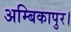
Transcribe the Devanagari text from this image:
अम्बिकापुर।